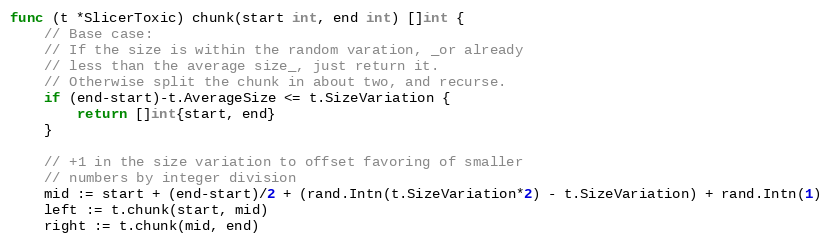
Language: Go
func (t *SlicerToxic) chunk(start int, end int) []int {
	// Base case:
	// If the size is within the random varation, _or already
	// less than the average size_, just return it.
	// Otherwise split the chunk in about two, and recurse.
	if (end-start)-t.AverageSize <= t.SizeVariation {
		return []int{start, end}
	}

	// +1 in the size variation to offset favoring of smaller
	// numbers by integer division
	mid := start + (end-start)/2 + (rand.Intn(t.SizeVariation*2) - t.SizeVariation) + rand.Intn(1)
	left := t.chunk(start, mid)
	right := t.chunk(mid, end)